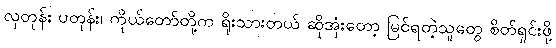
လှတုန်း ပတုန်း၊ ကိုယ်တော်တို့က ရိုးသားတယ် ဆိုအုံးတော့ မြင်ရတဲ့သူတွေ စိတ်ရှင်းဖို့